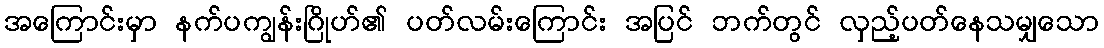
အကြောင်းမှာ နက်ပကျွန်းဂြိုဟ်၏ ပတ်လမ်းကြောင်း အပြင် ဘက်တွင် လှည့်ပတ်နေသမျှသော